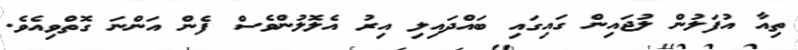
ތިއާ އުފަލުން ލުޖައިން ގައިގައި ބައްދައިލި އިރު އެލޮލުންވެސް ފެން އަންނަ ގޮތްވިއެވެ.